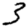
Digit: 3